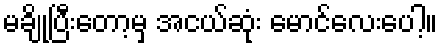
မချိုပြီးတော့မှ အငယ်ဆုံး မောင်လေးပေါ့။